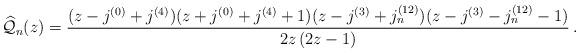
LaTeX: \begin{align*}{\widehat{\mathcal{Q}}_n}(z) = \frac{(z-j^{(0)}+j^{(4)})(z+j^{(0)}+j^{(4)}+1)(z-j^{(3)}+j_n^{(12)})(z-j^{(3)}-j_n^{(12)}-1)}{2z\,(2z-1)}\,.\end{align*}